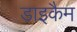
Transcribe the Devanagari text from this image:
डाइकैम